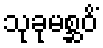
သုခုမစ္ဆဝိံ